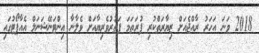
2018 ވަނަ އަހަރު ރާއްޖެއަށް ޒިޔާރަތްކުރި ފުރަތަމަ ފަތުރުވެރިޔާއަށް ވެލާނާ އިންޓަނޭޝަނަލް އެއާޕޯޓުގައި